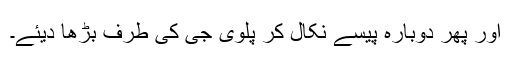
اور پھر دوبارہ پیسے نکال کر پلوی جی کی طرف بڑھا دیئے۔